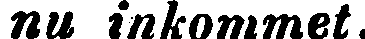
nu inkommet.